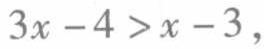
\(3x - 4 > x - 3\)